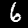
Digit: 6